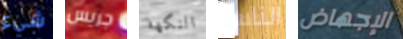
شيء جريس النكهة الناس الإجهاض